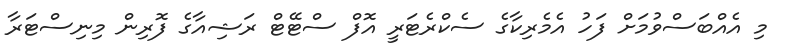
މި އެއްބަސްވުމަށް ފަހު އެމެރިކާގެ ސެކްރެޓަރީ އޮފް ސްޓޭޓް ރަޝިއާގެ ފޮރިން މިނިސްޓަރާ